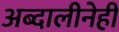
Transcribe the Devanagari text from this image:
अब्दालीनेही